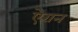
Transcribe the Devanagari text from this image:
ऐरान